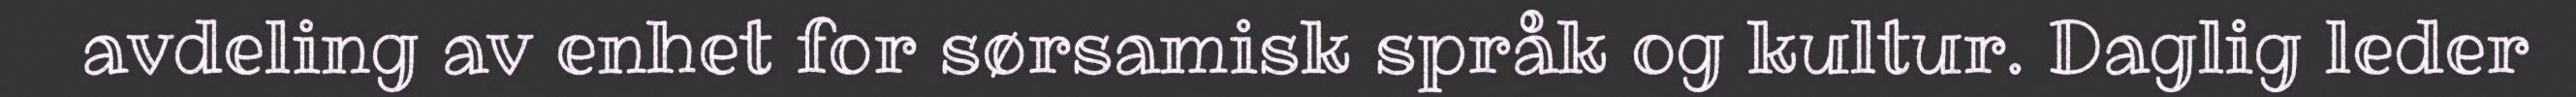
avdeling av enhet for sørsamisk språk og kultur. Daglig leder